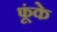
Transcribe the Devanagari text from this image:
फूंके